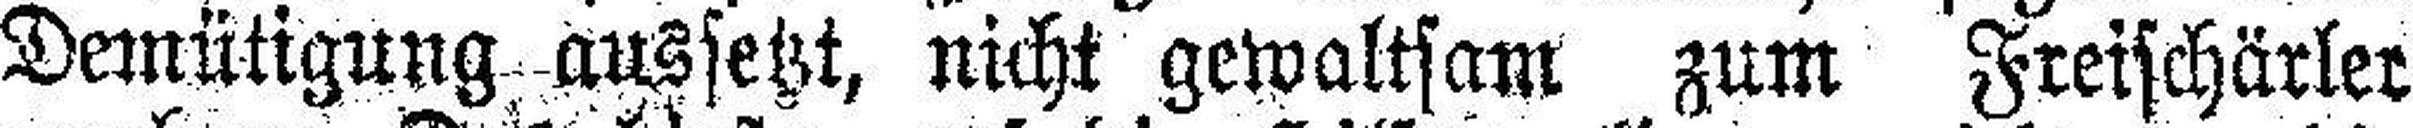
Demütigung aussetzt, nicht gewaltsam zum Freischärler